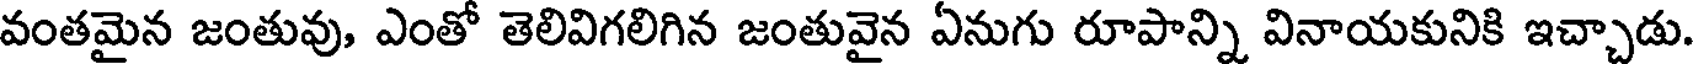
వంతమైన జంతువు, ఎంతో తెలివిగలిగిన జంతువైన ఏనుగు రూపాన్ని వినాయకునికి ఇచ్చాడు.